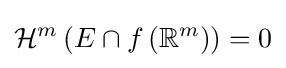
{\mathcal {H}}^{m}\left(E\cap f\left(\mathbb {R} ^{m}\right)\right)=0